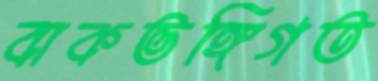
বাকভঙ্গিগত